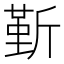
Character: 𣂷